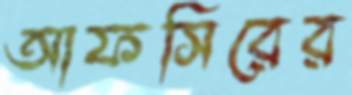
আফসিরের